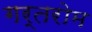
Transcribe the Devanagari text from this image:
गर्तरोम